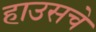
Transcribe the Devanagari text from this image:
हाउसचे